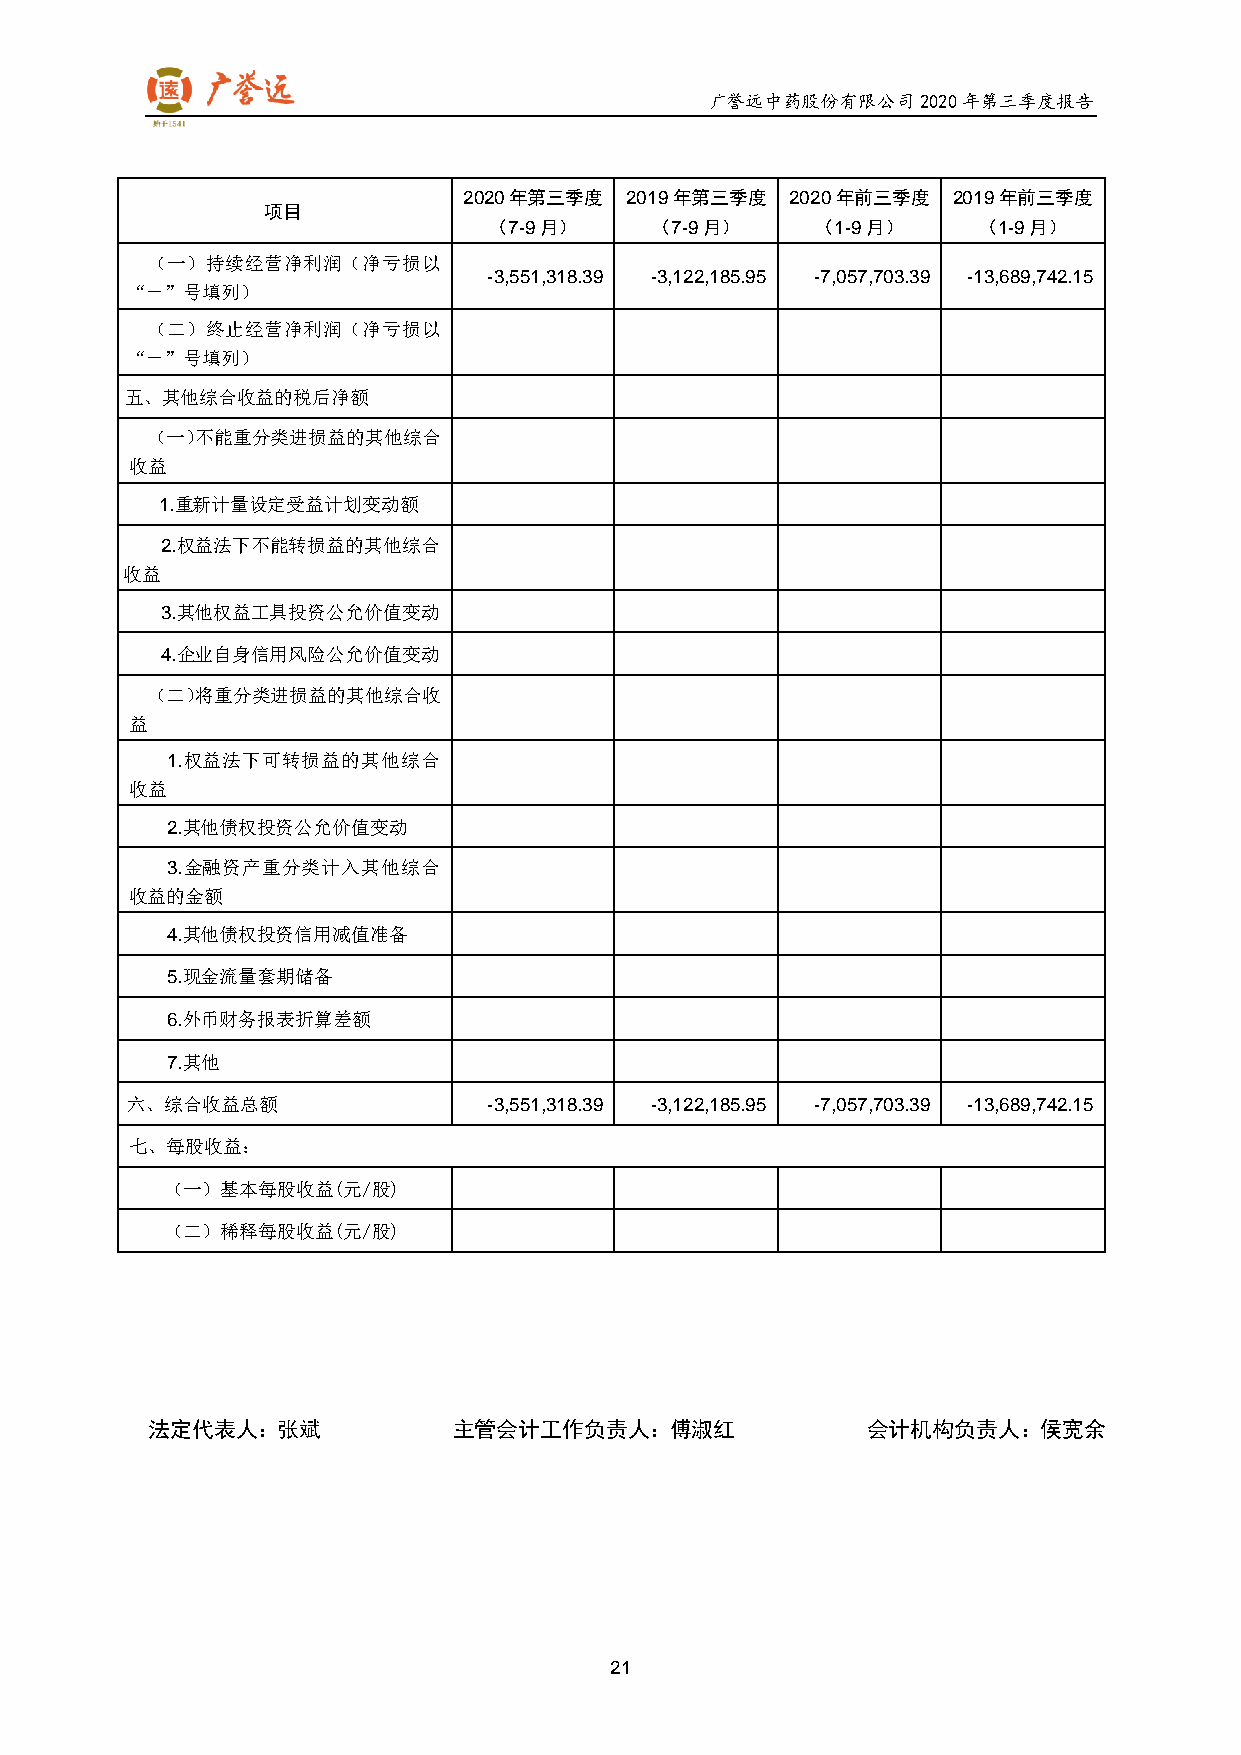
广誉远中药股份有限公司2020年第三季度报告
 2020年第三季度 2019年第三季度  2020年前三季度  2019年前三季度
 项目
 （7-9月）     （7-9月）     （1-9月）     （1-9月）
 （一）持续经营净利润（净亏损以
 -3,551,318.39 -3,122,185.95 -7,057,703.39 -13,689,742.15
 “－”号填列）
 （二）终止经营净利润（净亏损以
 “－”号填列）
 五、其他综合收益的税后净额
 （一）不能重分类进损益的其他综合
 收益
 1.重新计量设定受益计划变动额
 2.权益法下不能转损益的其他综合
 收益
 3.其他权益工具投资公允价值变动
 4.企业自身信用风险公允价值变动
 （二）将重分类进损益的其他综合收
 益
 1.权益法下可转损益的其他综合
 收益
 2.其他债权投资公允价值变动
 3.金融资产重分类计入其他综合
 收益的金额
 4.其他债权投资信用减值准备
 5.现金流量套期储备
 6.外币财务报表折算差额
 7.其他
 六、综合收益总额                -3,551,318.39 -3,122,185.95 -7,057,703.39 -13,689,742.15
 七、每股收益：
 （一）基本每股收益(元/股)
 （二）稀释每股收益(元/股)
 法定代表人：张斌            主管会计工作负责人：傅淑红              会计机构负责人：侯宽余
 21